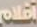
افلام